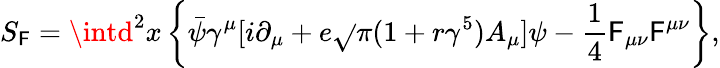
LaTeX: S_{\mathsf{F}}=\intd^{2}x\left\{ \bar{{\psi}}{\gamma}^{\mu}[i{\partial}_{\mu}+e\sqrt{}{{\pi}}(1+r{\gamma}^{5})A_{\mu}]{\psi}-{\frac{1}{4}}\mathsf{F}_{{\mu}{\nu}}\mathsf{F}^{{\mu}{\nu}}\right\} ,